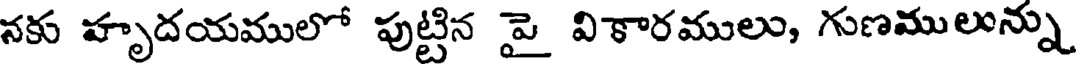
నకు హృదయములో పుట్టిన పై వికారములు, గుణములున్ను